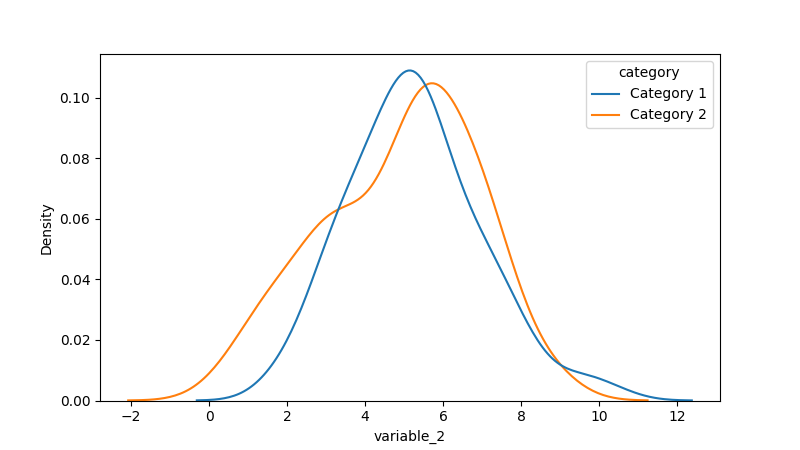
python, seaborn, kdeplot, hue='category', fill=False, bw_adjust=1.0